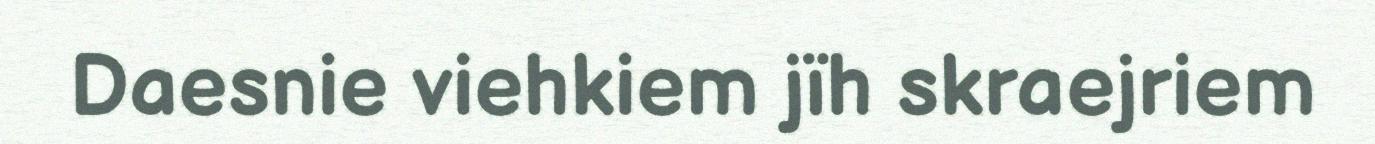
Daesnie viehkiem jïh skraejriem